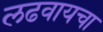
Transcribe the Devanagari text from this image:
लढवायचा